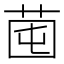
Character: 𦯁